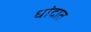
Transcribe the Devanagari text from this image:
धांदात